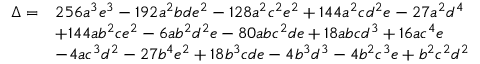
{ \begin{array} { r l } { \Delta = } & { 2 5 6 a ^ { 3 } e ^ { 3 } - 1 9 2 a ^ { 2 } b d e ^ { 2 } - 1 2 8 a ^ { 2 } c ^ { 2 } e ^ { 2 } + 1 4 4 a ^ { 2 } c d ^ { 2 } e - 2 7 a ^ { 2 } d ^ { 4 } } \\ & { + 1 4 4 a b ^ { 2 } c e ^ { 2 } - 6 a b ^ { 2 } d ^ { 2 } e - 8 0 a b c ^ { 2 } d e + 1 8 a b c d ^ { 3 } + 1 6 a c ^ { 4 } e } \\ & { - 4 a c ^ { 3 } d ^ { 2 } - 2 7 b ^ { 4 } e ^ { 2 } + 1 8 b ^ { 3 } c d e - 4 b ^ { 3 } d ^ { 3 } - 4 b ^ { 2 } c ^ { 3 } e + b ^ { 2 } c ^ { 2 } d ^ { 2 } } \end{array} }